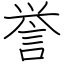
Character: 誉